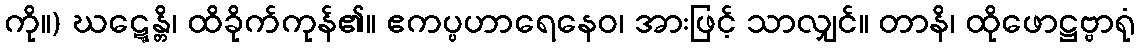
ကို။) ဃဋ္ဋေန္တိ၊ ထိခိုက်ကုန်၏။ ဧကပ္ပဟာရေနေဝ၊ အားဖြင့် သာလျှင်။ တာနိ၊ ထိုဖောဋ္ဌဗ္ဗာရုံ